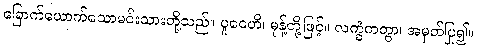
ခြောက်ယောက်သောမင်းသားတို့သည်။ ပူဝေဟိ၊ မုန့်တို့ဖြင့်။ လက္ခံကတွာ၊ အမှတ်ပြု၍။